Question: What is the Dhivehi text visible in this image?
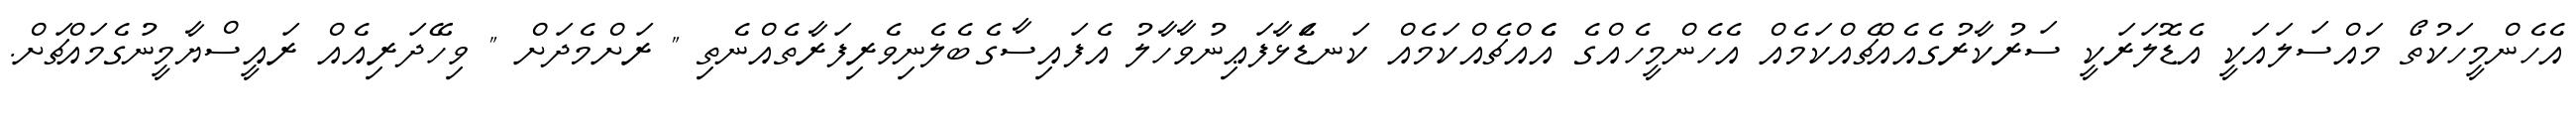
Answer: އެހެންމީހަކުތޯ މައްސަލައަކީ އެޑޮލަރަކީ ސަރުކާރުގެއެއްޗެއްކަމެއް އެހެންމީހެއްގެ އެެއްޗެއްކަމެއް ކަނޑަެަޅާފަޢިނުވާހާލު އެފައިސާގެބެލެނިވެރިފަރާތެއްނެތި " ރަށްމެދަށް " ވިހޭދަރިއެއް ރައީސްޔާމީނުގެމައްޗަށް.